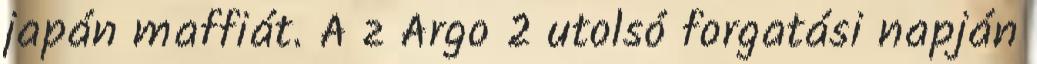
japán maffiát. A z Argo 2 utolsó forgatási napján